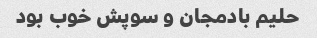
حلیم بادمجان و سوپش خوب بود